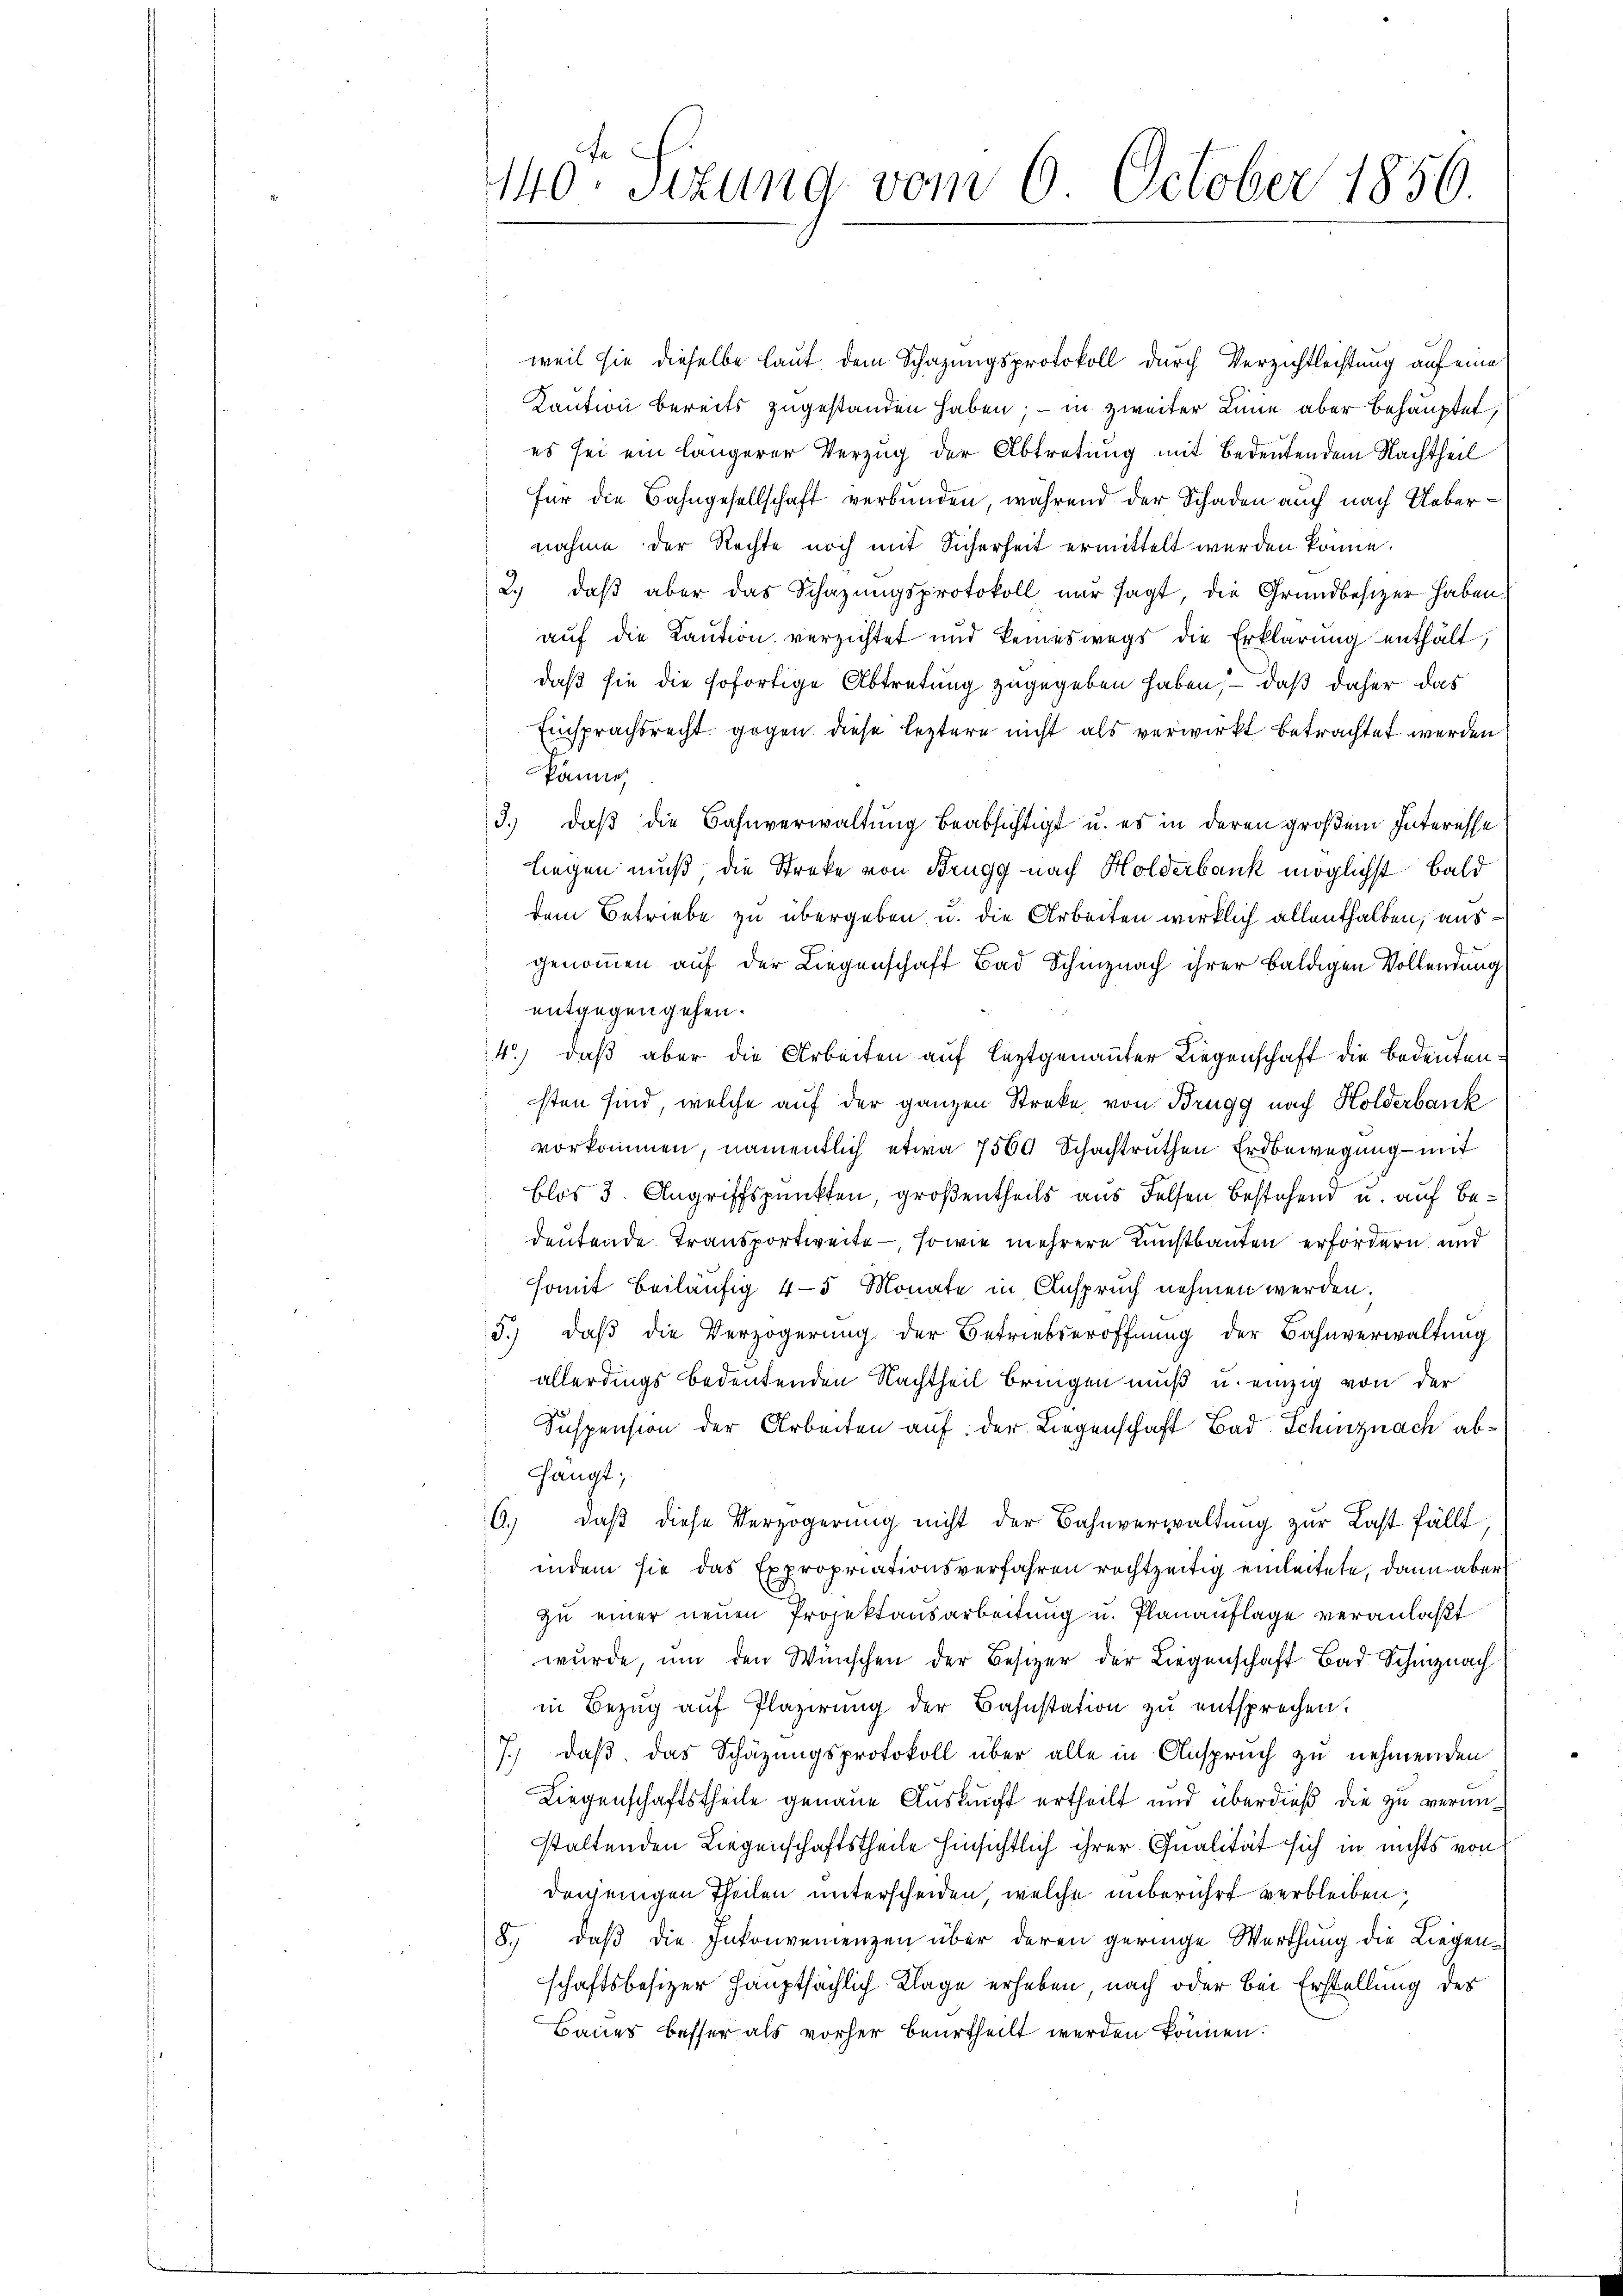
140. Sitzung vom 6. October 1856.

weil sie dieselbe laut dem Schazungsprotokoll durch Verzichtlechtung auf eine
Kaution bereits zugestanden haben; — in zweiter Linie aber behauptet,
es sei ein längerer Verzug der Abtretung mit Bedeutendem Nachtheil
für die Bahngesellschaft verbunden, während der Schaden auch nach Uebernahme der Rechte noch mit Sicherheit ermittelt werden könne.
2.) daß aber das Schazungsprotokoll nur sagt, die Grundbesizer haben:
auf die Kaution verzichtet und keineswegs die Erklärung enthält,
daß sie die sofortige Abtretung zugegeben haben, – daß daher das
Einsprachsrecht gegen diese leztere nicht als verwirkt betrachtet werden
könne.
3.) daß die Bahnverwaltung beabsichtigt u. es in deren großem Interesse
liegen muß, die Streke von Brugg nach Holderbank möglichst bald
dem Betriebe zu übergeben u. die Arbeiten wirklich allenthalten, aus
genommen auf der Liegenschaft Bad Schinznach ihrer baldigen Vollendung
entgegen gehen.
4.) daß aber die Arbeiten auf leztgenannter Liegenschaft die Bedeutensten sind, welche auf der ganzen Streke von Brugg nach Holderbank
vorkommen, namentlich etwa 7560 Schachtruthen Erdbewegung - mit
blos 5. Angriffspunkten, großentheils aus Felsen bestehend u. auf Bedeutende Transportweite – so wie mehrere Kunstbauten erfordern und
somit beiläufig 4-5 Monate in Anspruch nehmen werden.
5.) daβ die Verzögerŭng der Betriebseröffnŭng der Bahnverwaltŭng
allerdings bedeutenden Nachtheil bringen muß u. einzig von der
Suspension der Arbeiten auf der Liegenschaft Bad. Schinznach abangt;
6.) daß diese Verzögerung nicht der Bahnverwaltung zur Last fällt,
indem sie das Expropriationsverfahren rechtzeitig einleitete, dann aber
zu einer neuen Projektensarbeitung u. Planauflage veranlaßt
wurde, um den Wünschen der Besizer der Liegenschaft Bad Schinznach
in Bezug auf Plazirung der Bahnstation zu entsprechen.
7.) Daß das Schäzungsprotokoll über alle in Anspruch zu nehmenden
Liegenschaftstheile genaue Auskunft ertheilt und überdieß die zu verunstaltenden Liegenschaftstheile hinsichtlich ihrer Qualität sich in nichts von
denjenigen Theilen unterscheiden, welche unberührt verbleiben;
8., daß die Inkonvenienzen über deren geringe Werthung die Liegenschaftsbesizer hauptsächlich Klage erheben nach oder bei Erstellung des
Baues besser als vorher beurtheilt werden können.